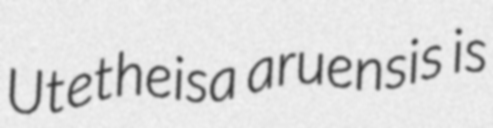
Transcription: Utetheisa aruensis is